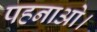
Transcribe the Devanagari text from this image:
पहनाओ।